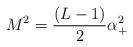
LaTeX: \begin{align*}M^2=\frac{(L-1)}2\alpha _{+}^2 \end{align*}